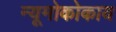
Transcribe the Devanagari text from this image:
न्यूमोकोकाय